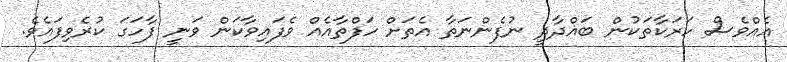
އެއްވެސް ހަރަކާތަކުން ބަޣްދާދީ ނުފެންނަތާ އެތަށް ހަފްތާއެއް ވެފައިވާކަން ވަނީ ފާހަގަ ކުރެވިފައެވެ.